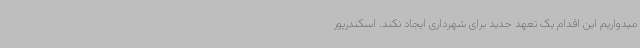
میدواریم این اقدام یک تعهد جدید برای شهرداری ایجاد نکند. اسکندرپور